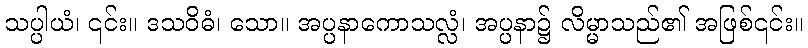
သပ္ပါယံ၊ ၎င်း။ ဒသဝိဓံ၊ သော။ အပ္ပနာကောသလ္လံ၊ အပ္ပနာ၌ လိမ္မာသည်၏ အဖြစ်၎င်း။